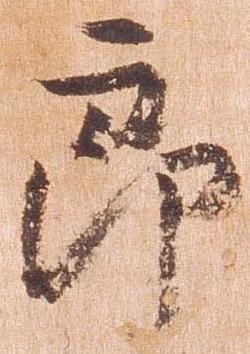
郎